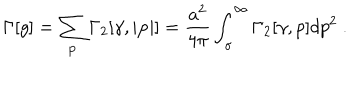
LaTeX: \Gamma [ g ] = \sum _ { \bf p } \Gamma _ { 2 } [ \gamma , | { \bf p } | ] = { \frac { a ^ { 2 } } { 4 \pi } } \int _ { \sigma } ^ { \infty } \Gamma _ { 2 } [ \gamma , p ] d p ^ { 2 } ~ .